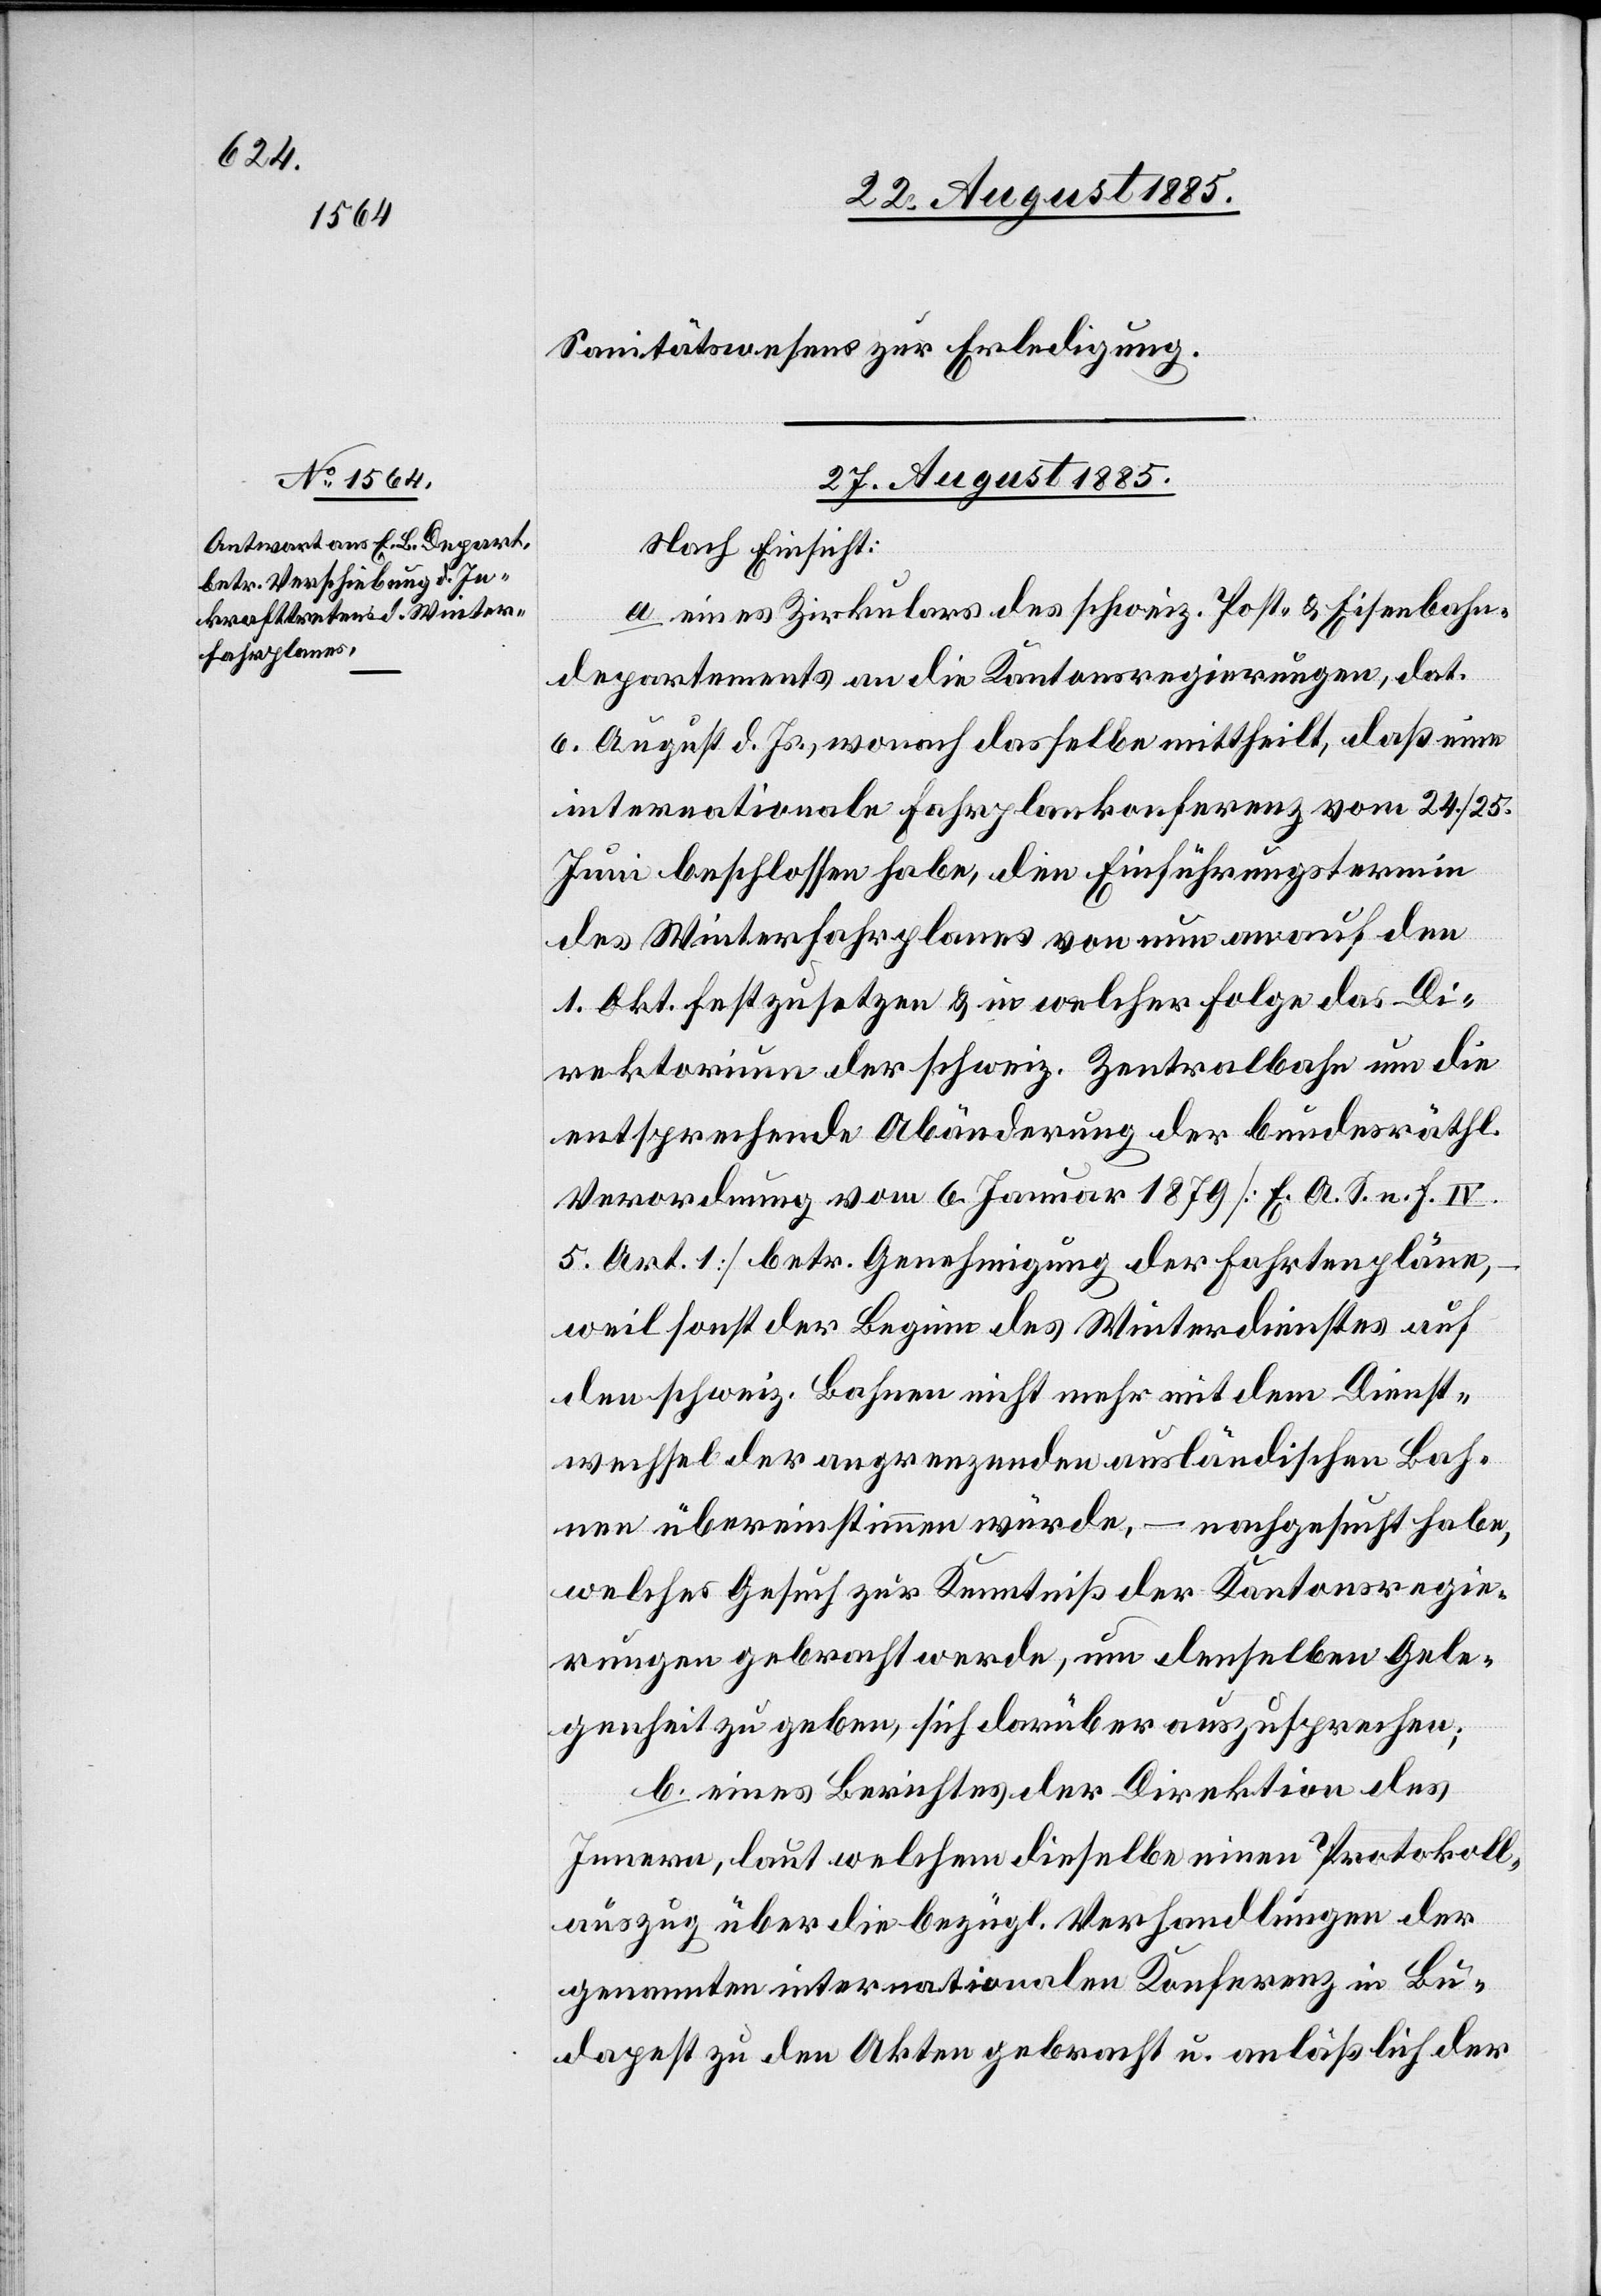
Sanitätswesens zur Erledigung.
27. August 1885.
Nach Einsicht:
a. eines Zirkulars des schweiz. Post- & Eisenbahn¬
departements an die Kantonsregierungen, dat.
6. August d. Js., wonach dasselbe mittheilt, daß eine
internationale Fahrplankonferenz vom 24./25.
Juni beschlossen habe, den Einführungstermin
des Winterfahrplans von nun an auf den
1. Okt. festzusetzen & in welcher Folge das Di¬
rektorium der schweiz. Zentralbahn um die
entsprechende Abänderung der bundesräthl.
Verordnung vom 6. Januar 1879 [E. A. S. e. f. IV.
5 Art. 1] betr. Genehmigung der Fahrtenpläne,
weil sonst der Beginn des Winterdienstes auf
den schweiz. Bahnen nicht mehr mit dem Dienst¬
wechsel der angrenzenden ausländischen Bah¬
nen übereinstimmen würde, – nachgesucht habe,
welches Gesuch zur Kenntniß der Kantonsregie¬
rungen gebracht werde, um denselben Gele¬
genheit zu geben, sich darüber auszusprechen;
b. eines Berichtes der Direktion des
Innern, laut welchem dieselbe einen Protokoll¬
auszug über die bezügl. Verhandlungen der
genannten internationalen Konferenz in Bu¬
dapest zu den Akten gebracht u. anläßlich der